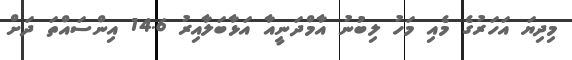
މިދިޔަ އަހަރުގެ މެއި މަހު ލިބުނު އާމްދަނީއާ އަޅާބަލާއިރު 14.6 އިންސައްތަ ދަށް